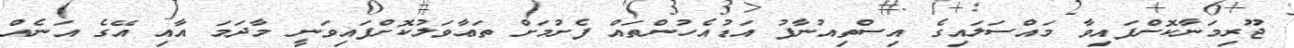
ޖޫރިމަނާކޮށްފައިވާ މައްސަލައިގެ އިސްތިއުނާފު އަޑުއެހުންތައް ފެށުމަށް ތަޢާވަލުކޮށްފައިވަނީ މާދަމަ އާއި އޭގެ އަނެއް